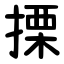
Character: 搮